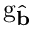
\mathrm { g } _ { \hat { \mathbf { b } } }